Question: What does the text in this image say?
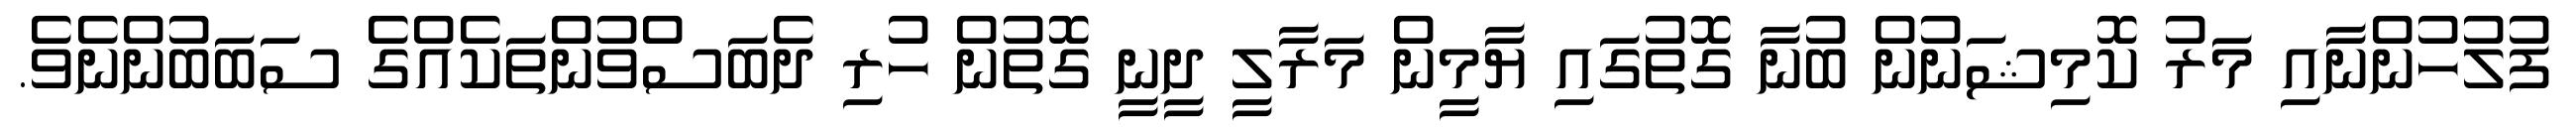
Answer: ފުލުހުންނާއި މަރު ކޮމިޝަނުން ބުނާ ގޮތުގައި ޔާމީން މަރާލީ ދީނީ ގޮތުން ހުރި ދެބަސްވުންތަކެއްގެ ސަބަބުންނެވެ.